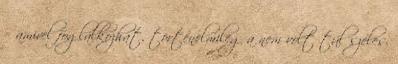
= amivel foglalkozhat, történelmileg a nem volt túl széles.